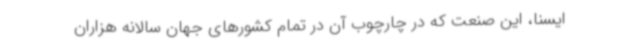
ایسنا، این صنعت که در چارچوب آن در تمام کشورهای جهان سالانه هزاران